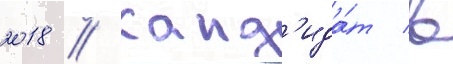
2018 // Канд'ида́т в